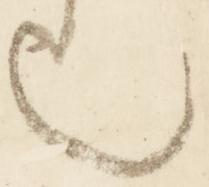
也